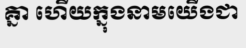
គ្នា ហើយក្នុងនាមយើងជា